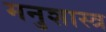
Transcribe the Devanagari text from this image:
मनुशास्त्र